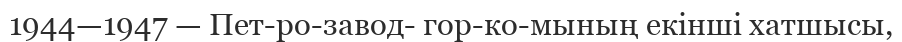
1944—1947 — Пет­ро­завод­ гор­ко­мының екінші хатшысы,